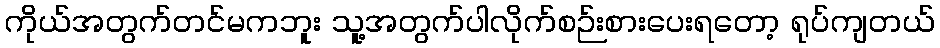
ကိုယ်အတွက်တင်မကဘူး သူ့အတွက်ပါလိုက်စဉ်းစားပေးရတော့ ရုပ်ကျတယ်